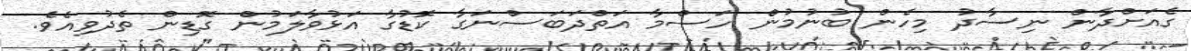
ގެއަށްދާން ނިސާދު މިހެން ބުނުމުން ހަސްމާ އަތްދަބަސްނަގާ ކޮޑުގާ އަޅުވާލަމުން ގޮޑިން ތެދުވިއެވެ.